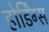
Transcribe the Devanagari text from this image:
होर्डिंग्स